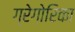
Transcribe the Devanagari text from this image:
ग्रेगोरिका